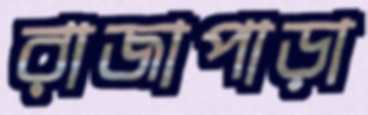
রাজাপাড়া